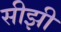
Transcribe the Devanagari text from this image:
सीझी